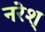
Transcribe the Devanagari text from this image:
नरेश्